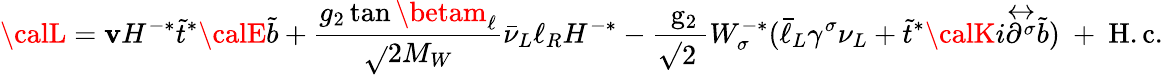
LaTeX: {\calL}=\mathbf{v}H^{-*}\tilde{{t}}^{*}{\calE}\tilde{{b}}+{\frac{{g_{2}\tan\betam_{\ell}}}{{\sqrt{}{2}M_{W}}}}\bar{{\nu}}_{L}\ell_{R}H^{-*}-\mathrm{{\frac{{~g_{2}}}{{\surd2~}}}}W_{\sigma}^{-*}(\bar{{\ell}}_{L}\gamma^{\sigma}\nu_{L}+\tilde{{t}}^{*}{\calK}i{\stackrel{\leftrightarrow}{\partial^{\sigma}}}\tilde{{b}})\mathrm{{~+~H.c.~}}